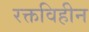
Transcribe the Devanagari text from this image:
रक्तविहीन